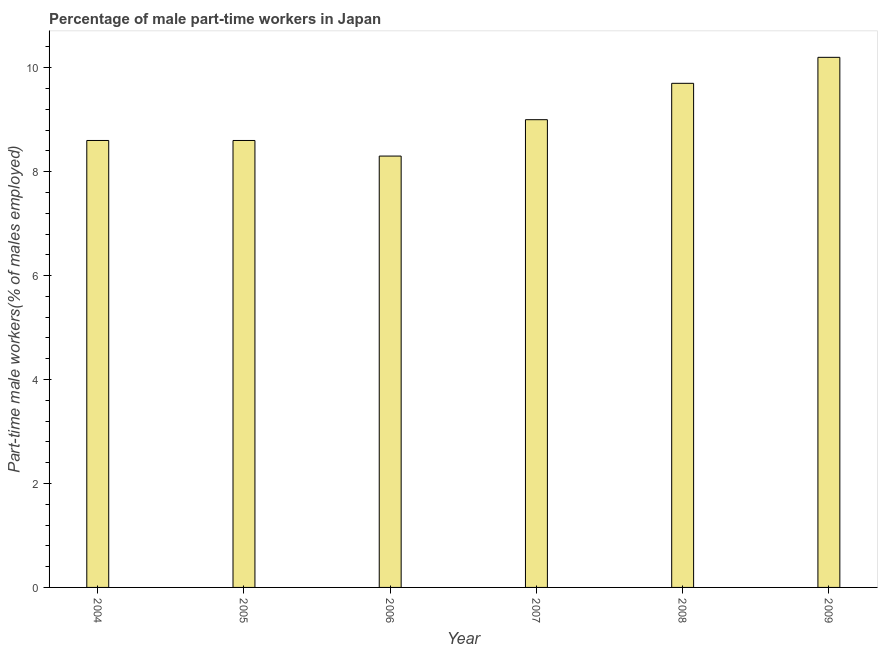
| Year | Part time employment |
 | --- | --- |
 | 2004 | 8.6 |
 | 2005 | 8.6 |
 | 2006 | 8.3 |
 | 2007 | 9 |
 | 2008 | 9.7 |
 | 2009 | 10.2 |